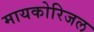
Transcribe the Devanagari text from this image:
मायकोरिजल